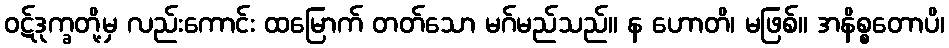
ဝဋ်ဒုက္ခတို့မှ လည်းကောင်း ထမြောက် တတ်သော မဂ်မည်သည်။ န ဟောတိ၊ မဖြစ်။ အနိစ္စတောပိ၊